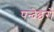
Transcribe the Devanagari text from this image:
पन्देइरो